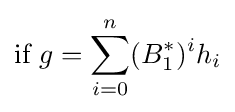
{\text{if }}g=\sum _{i=0}^{n}(B_{1}^{*})^{i}h_{i}